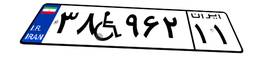
۳۸W۹۶۲۱۱